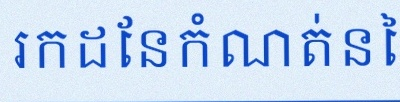
រកដែនកំណត់នៃអនុគមន៍